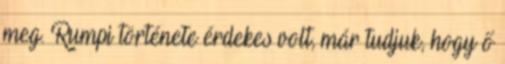
meg. Rumpi története érdekes volt, már tudjuk, hogy ő